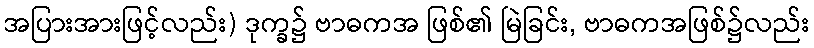
အပြားအားဖြင့်လည်း) ဒုက္ခ၌ ဗာဓကအ ဖြစ်၏ မြဲခြင်း, ဗာဓကအဖြစ်၌လည်း